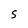
Character: 5